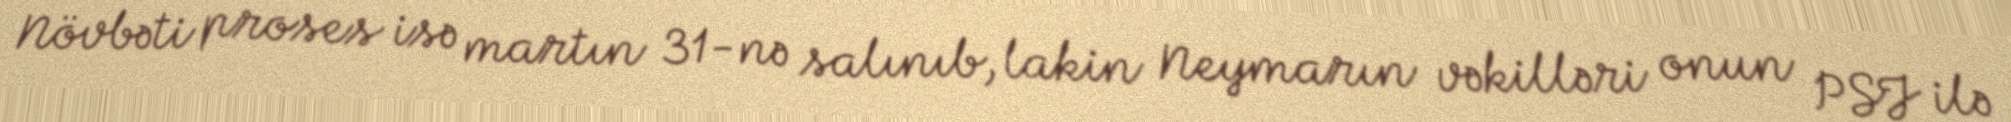
Növbəti proses isə martın 31-nə salınıb, lakin Neymarın vəkilləri onun PSJ ilə